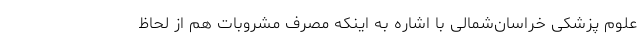
علوم پزشکی خراسان‌شمالی با اشاره به اینکه مصرف مشروبات هم از لحاظ